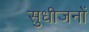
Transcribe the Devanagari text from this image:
सुधीजनों